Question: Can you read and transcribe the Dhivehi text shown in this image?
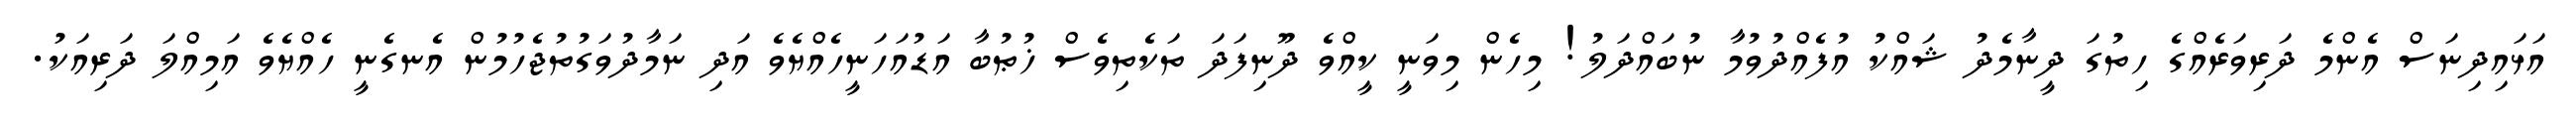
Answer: އަޅައިދިނަސް އެންމެ ދަރިވަރެއްގެ ހިތުގަ ދީނާމެދު ޝައްކު އުފެއްދުވުމާ ނުބައްދަލު! މިހެން މިވަނީ ކީއްވެ ދޫނިފަދަ ތަކެތިވެސް ޚުޠުބާ އަޑުއަހަނީހެއްޔެވެ އަދި ނަމާދުވަގުތުޖެހުމުން އެނގެނީ ހެއްޔެވެ އަމިއްލަ ދަރިއަކު.